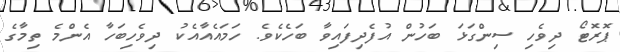
ޕޮރޮޓޯ ދިވެހި ސިންގަޅަ ބަހުން އުފެދިފައިވާ ބަހެކެވެ. ހަމައެއާއެކު ދިވެހިބަހާ އެންމެ ތިމާގެ